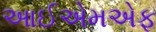
આઈએમએફ